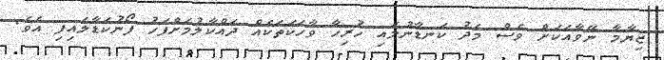
ޒިޔާމާ ނޭވާއަކަށް ވެސް މެދު ކަނޑާނުލައި ހުރިހާ ވާހަކަތަކެއް ދައްކާލުމަށްފަހު ފޯނުކަޑާލައިފި އެވެ.